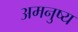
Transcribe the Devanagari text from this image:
अमनुष्य